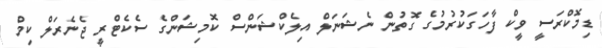
ޑިމޮކްރަސީ ވީކް ފާހަގަކުރުމުގެ ގޮތުން ނެޝަނަލް އިލެކްޝަންސް ކޮމިޝަންގެ ސެކެޓްރީ ޖެނެރަލް ކިމް